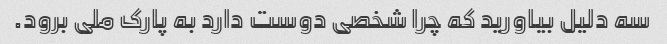
سه دلیل بیاورید که چرا شخصی دوست دارد به پارک ملی برود.